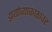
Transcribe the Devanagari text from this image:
झर्याच्याकाठावर